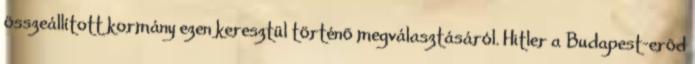
összeállított kormány ezen keresztül történõ megválasztásáról. Hitler a Budapest-erõd